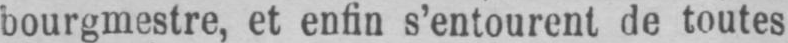
bourgmestre, et enfin s’entourent de toutes